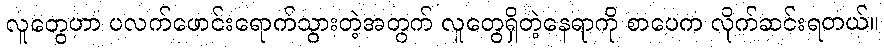
လူတွေဟာ ပလက်ဖောင်းရောက်သွားတဲ့အတွက် လူတွေရှိတဲ့နေရာကို စာပေက လိုက်ဆင်းရတယ်။